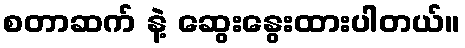
စတာဆက် နဲ့ ဆွေးနွေးထားပါတယ်။